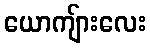
ယောကျ်ားလေး